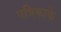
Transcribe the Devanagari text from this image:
पत्रिकाके